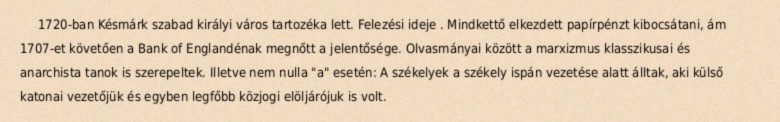
1720-ban Késmárk szabad királyi város tartozéka lett. Felezési ideje . Mindkettő elkezdett papírpénzt kibocsátani, ám 1707-et követően a Bank of Englandénak megnőtt a jelentősége. Olvasmányai között a marxizmus klasszikusai és anarchista tanok is szerepeltek. Illetve nem nulla "a" esetén: A székelyek a székely ispán vezetése alatt álltak, aki külső katonai vezetőjük és egyben legfőbb közjogi elöljárójuk is volt.